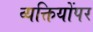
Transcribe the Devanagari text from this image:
व्यक्तियोंपर